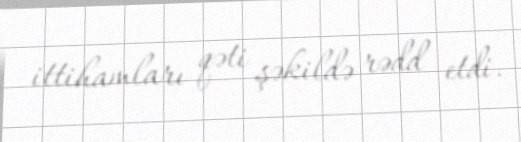
ittihamları qəti şəkildə rədd etdi.